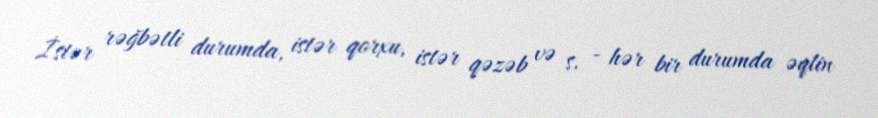
İstər rəğbətli durumda, istər qorxu, istər qəzəb və s. - hər bir durumda əqlin